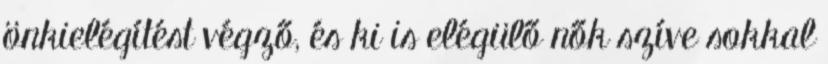
önkielégítést végző, és ki is elégülő nők szíve sokkal